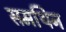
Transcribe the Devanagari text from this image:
समथिन